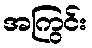
အကြွင်း